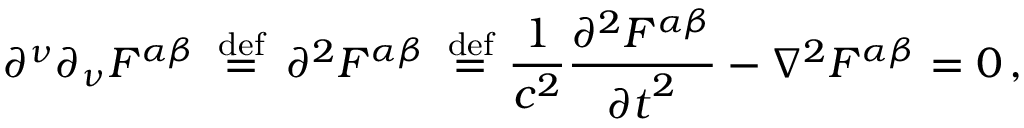
\partial ^ { \nu } \partial _ { \nu } F ^ { \alpha \beta } \, \ { \stackrel { \mathrm { d e f } } { = } } \ \, { \partial } ^ { 2 } F ^ { \alpha \beta } \, \ { \stackrel { \mathrm { d e f } } { = } } \ { \frac { 1 } { c ^ { 2 } } } { \frac { \partial ^ { 2 } F ^ { \alpha \beta } } { { \partial t } ^ { 2 } } } - \nabla ^ { 2 } F ^ { \alpha \beta } = 0 \, ,